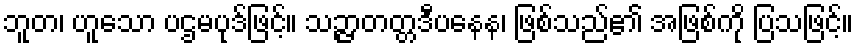
ဘူတ၊ ဟူသော ပဌမပုဒ်ဖြင့်။ သဉ္ဇာတတ္တဒီပနေန၊ ဖြစ်သည်၏ အဖြစ်ကို ပြသဖြင့်။